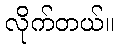
လိုက်တယ်။